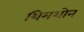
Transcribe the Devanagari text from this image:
शिमशोन